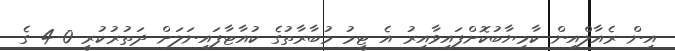
އިން ރެއާލްއިން ކާމިޔާބުކޮށްފައިވާއިރު އެ ޓީމު މުބާރާތުގެ ކުއާޓާފައިނަލަށް ދަތުރުކުރީ 0-4 ގެ